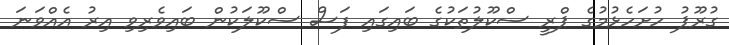
ގުރޫޕު ހުށަހެޅުމުގެ ޕްރީ ސްކޫލުތަކުގެ ބައިގައި ފަސް ސްކޫލަކުން ބައިވެރިވި އިރު އެއްވަނަ